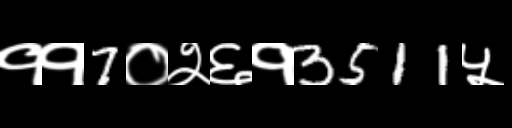
Text: ११7०२६१3511५